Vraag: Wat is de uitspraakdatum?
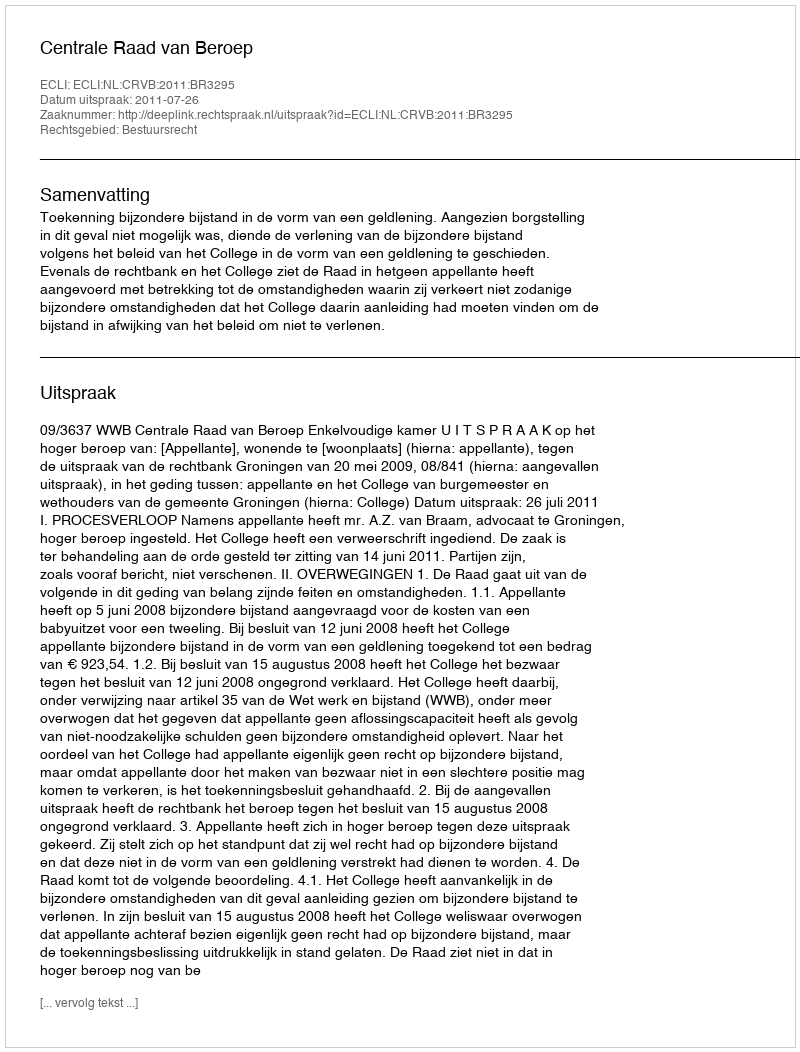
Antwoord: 2011-07-26